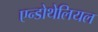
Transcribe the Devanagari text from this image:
एन्डोथेलियल